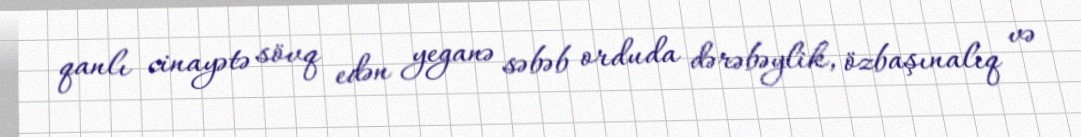
qanlı cinayətə sövq edən yeganə səbəb orduda dərəbəylik, özbaşınalıq və